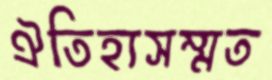
ঐতিহ্যসম্মত